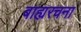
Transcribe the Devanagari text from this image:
बाह्यरचना